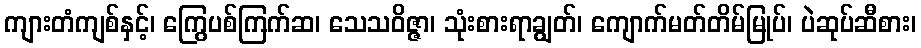
ကျားတံကျစ်နှင့်၊ ကြွေပစ်ကြက်ဆ၊ သေသဝိဇ္ဇာ၊ သုံးစားရာချွတ်၊ ကျောက်မတ်တိမ်မြုပ်၊ ပဲဆုပ်ဆီစား၊